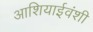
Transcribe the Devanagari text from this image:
आशियाईवंशी